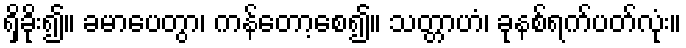
ရှိခိုး၍။ ခမာပေတွာ၊ ကန်တော့စေ၍။ သတ္တာဟံ၊ ခုနစ်ရက်ပတ်လုံး။